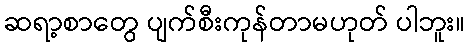
ဆရာ့စာတွေ ပျက်စီးကုန်တာမဟုတ် ပါဘူး။